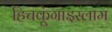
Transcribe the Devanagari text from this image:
हिचकूंगाइस्लाम